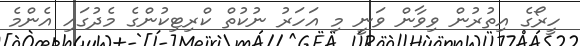
ހީރޯގެ އިތުރުން ވިވާން ވަނީ މި އަހަރު ނުކުތް ކްރިޓިކުންގެ މެދުގައި އެންމެ